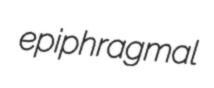
epiphragmal